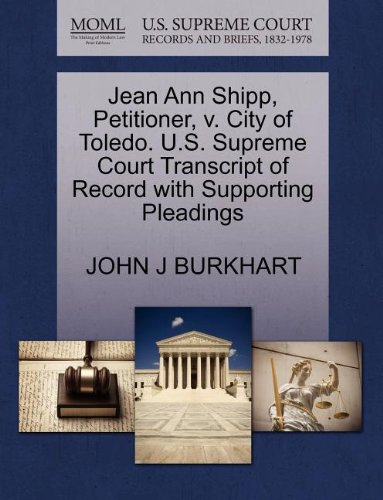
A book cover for Jean Ann Shipp, Petitioner, v. City of Toledo. U.S. Supreme Court Transcript of Record with Supporting Pleadings; JOHN J BURKHART; Law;